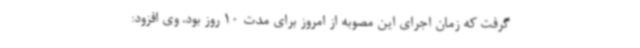
گرفت که زمان اجرای این مصوبه از امروز برای مدت 10 روز بود. وی افزود: